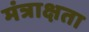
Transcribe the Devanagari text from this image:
मंत्राक्षता